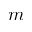
m